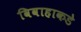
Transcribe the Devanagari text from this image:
विवाहाकडे